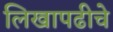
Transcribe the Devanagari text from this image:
लिखापढीचे